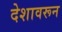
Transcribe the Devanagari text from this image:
देशावरून